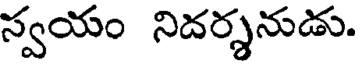
స్వయం నిదర్శనుడు.